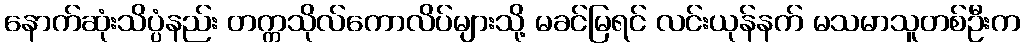
နောက်ဆုံးသိပ္ပံနည်း တက္ကသိုလ်ကောလိပ်များသို့ မခင်မြရင် လင်းယုန်နက် မသမာသူတစ်ဦးက